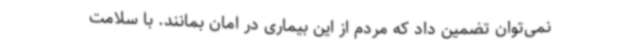
نمی‌توان تضمین داد که مردم از این بیماری در امان بمانند. با سلامت